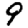
Digit: 9